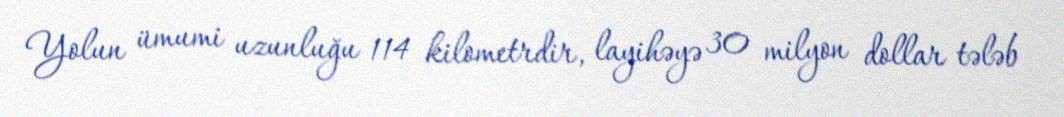
Yolun ümumi uzunluğu 114 kilometrdir, layihəyə 30 milyon dollar tələb